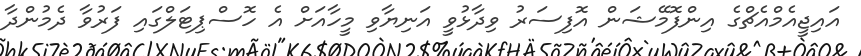
އައިޖީއެމްއެޗްގެ އިންފޮމޭޝަން އޮފިސަރު ވިދާޅުވީ އަނިޔާވި މީހާއަށް އެ ހޮސްޕިޓަލްގައި ފަރުވާ ދެމުންދާ